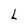
Character: L